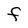
Character: F